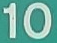
10